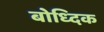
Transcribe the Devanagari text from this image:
बोध्दिक